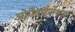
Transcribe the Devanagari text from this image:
ओर्गेनाईजेशन